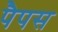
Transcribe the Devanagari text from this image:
पैपस